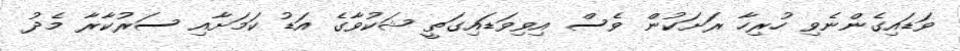
ވަޑައިގެންނެވި ހުރިހާ ރަށަކުން ވެސް އިވިވަޑައިގަތީ ޝަކުވާގެ އަޑު ކަމަށާއި ސަރުކާރާ މެދު